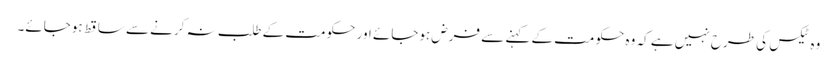
وہ ٹیکس کی طرح نہیں ہے کہ وہ حکومت کے کہنے سے فرض ہوجائے اور حکومت کے طلب نہ کرنے سے ساقط ہوجائے۔